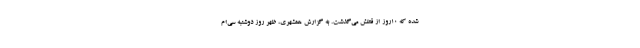
شده که ۱۰روز از قتلش می‌گذشت. به گزارش همشهری، ظهر روز دوشنبه سی‌ام